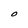
Character: O